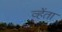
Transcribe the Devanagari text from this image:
व्हेंता